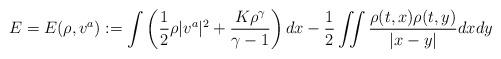
LaTeX: \begin{align*} E=E(\rho,v^a):=\int\left(\frac{1}{2}\rho |v^a|^2+\frac{K\rho^\gamma}{\gamma-1}\right) dx-\frac{1}{2}\iint\frac{\rho(t,x)\rho(t,y)}{|x-y|}dx dy \end{align*}